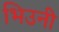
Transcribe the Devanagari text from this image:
भिउनी